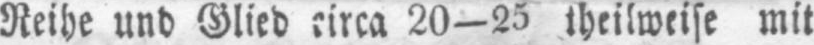
Reihe und Glied circa 20-25 theilweise mit